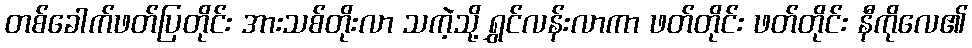
တစ်ခေါက်ဖတ်ပြတိုင်း အားသစ်တိုးလာ သကဲ့သို့ ရွှင်လန်းလာကာ ဖတ်တိုင်း ဖတ်တိုင်း နီကိုလေ၏